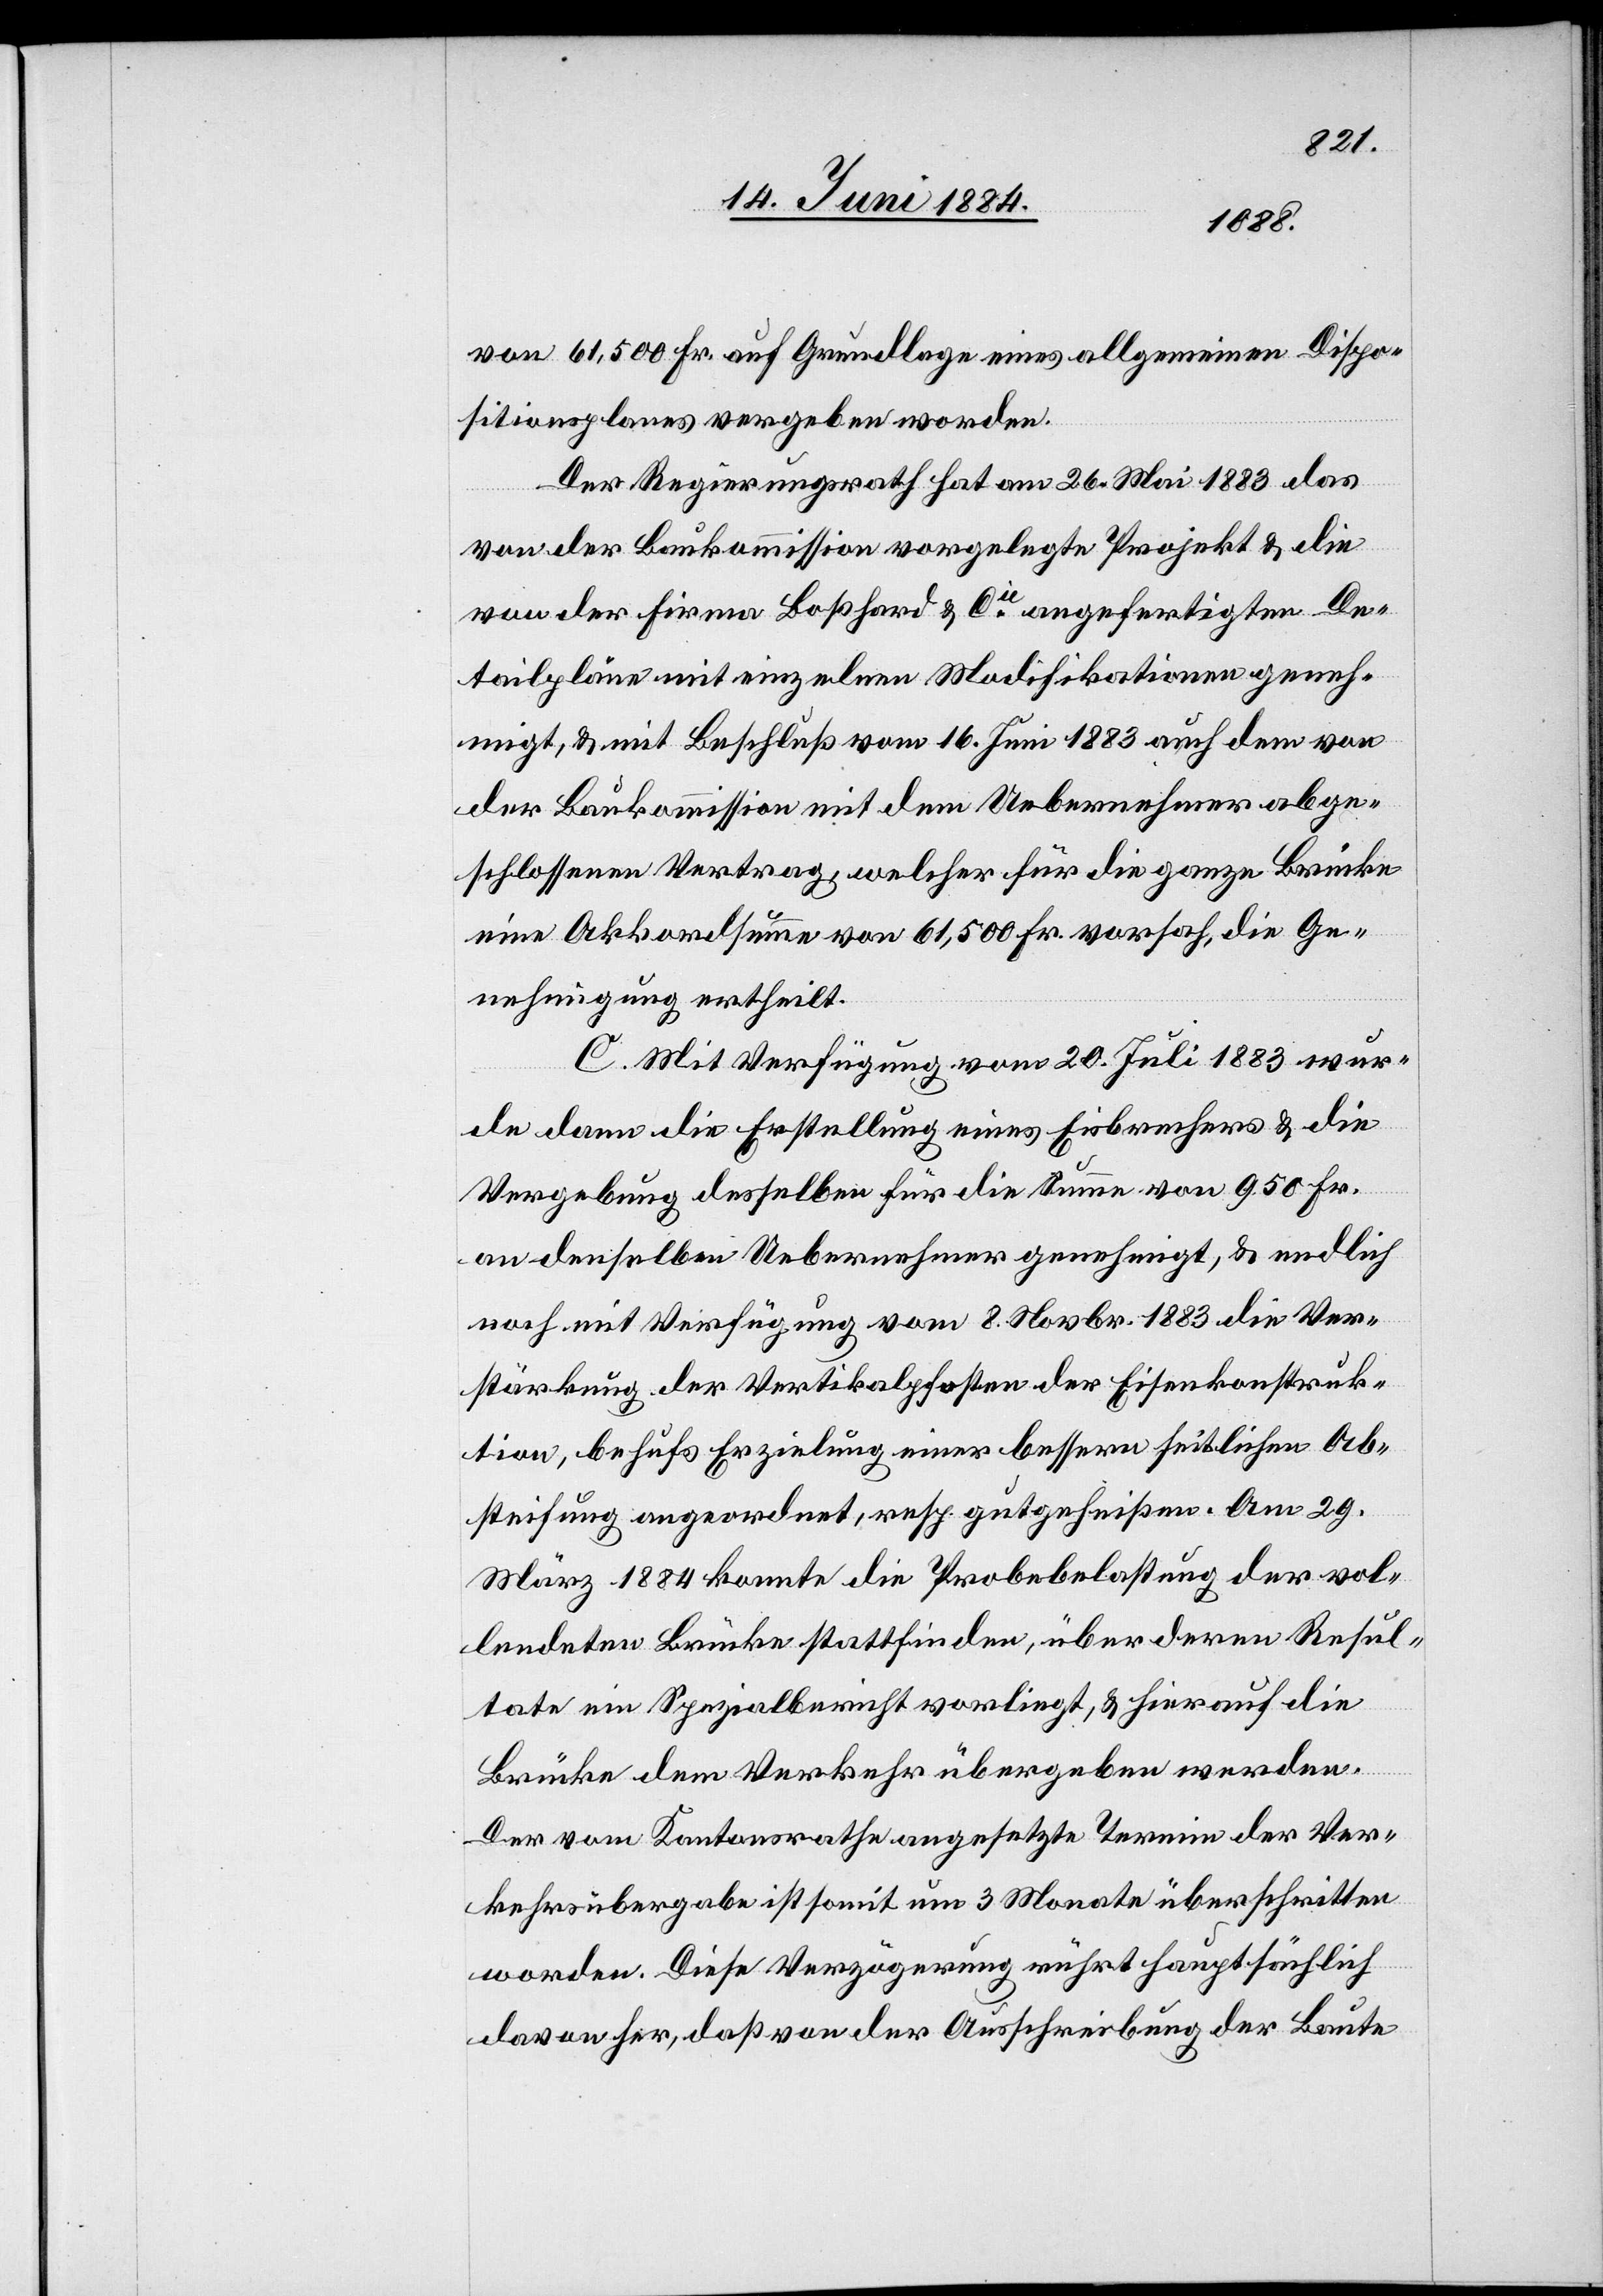
von 61,500 Fr. auf Grundlage eines allgemeinen Dispo¬
sitionsplanes vergeben worden.
Der Regierungsrath hat am 26. Mai 1883 das
von der Baukommission vorgelegte Projekt & die
von der Firma Boßhard & Cie angefertigten De¬
tailpläne mit einzelnen Modifikationen geneh¬
migt, & mit Beschluß vom 16. Juni 1883 auf dem von
der Baukommission mit dem Uebernehmer abge¬
schlossenen Vertrag, welcher für die ganze Brücke
eine Akkordsumme von 61,500 Fr. vorsah, die Ge¬
nehmigung ertheilt.
C. Mit Verfügung vom 20. Juli 1883 wur¬
de dann die Erstellung eines Eisbrechers & die
Vergebung desselben für die Summe von 950 Fr.
an denselben Uebernehmer genehmigt, & endlich
noch mit Verfügung vom 8. November 1883 die Ver¬
stärkung der Vertikalpfosten der Eisenkonstruk¬
tion, behufs Erzielung einer bessern seitlichen Ab¬
steifung angeordnet, resp. gutgeheißen. Am 29.
März 1884 konnte die Probebelastung der vol¬
lendeten Brücke stattfinden, über deren Resul¬
tate ein Spezialbericht vorliegt, & hierauf die
Brücke dem Verkehr übergeben werden.
Der vom Kantonsrathe angesetzte Termin der Ver¬
kehrsübergabe ist somit um 3 Monate überschritten
worden. Diese Verzögerung rührt hauptsächlich
davon her, daß von der Ausschreibung der Baute